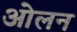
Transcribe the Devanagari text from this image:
ओलन